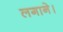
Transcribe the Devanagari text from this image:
लगाने।